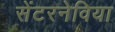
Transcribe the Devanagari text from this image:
सेंटरनेविया